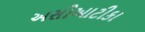
અસીઆટીકા